Scientific memoirs by medical officers of the Army of India - Part XI,
Year: 1898
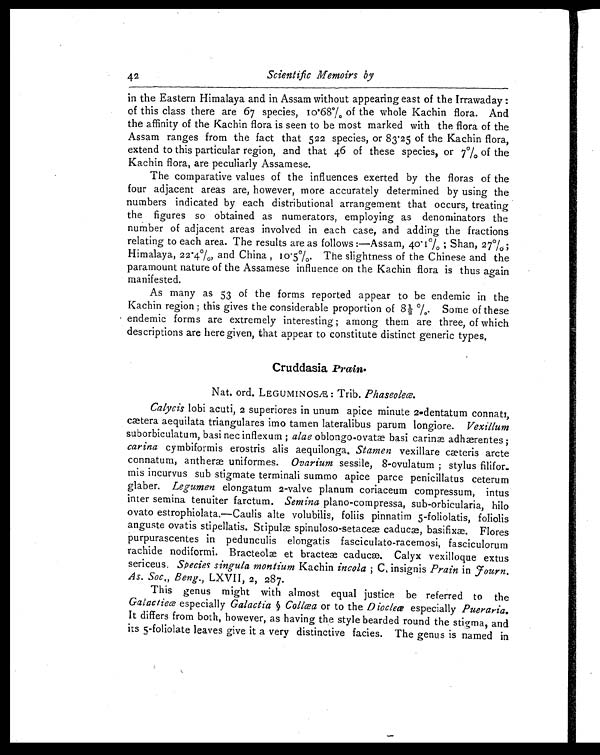
42
Scientific Memoirs by
in the Eastern Himalaya and in Assam without appearing east of the Irrawaday :
of this class there are 67 species, Io.68% of the whole Kachin flora. And
the affinity of the Kachin flora is seen to be most marked with the flora of the
Assam ranges from the fact that 522 species, or 83.25 of the Kachin flora,
extend to this particular region, and that 46 of these species, or 7% of the
Kachin flora, are peculiarly Assamese.
The comparative values of the influences exerted by the floras of the
four adjacent areas are, however, more accurately determined by using the
numbers indicated by each distributional arrangement that occurs, treating
the figures so obtained as numerators, employing as denominators the
number of adjacent areas involved in each case, and adding the fractions
relating to each area. The results are as follows :—Assam, 40.I%; Shan, 27%;
Himalaya, 22.4%, and China, I0.5%. The slightness of the Chinese and the
paramount nature of the Assamese influence on the Kachin flora is thus again
manifested.
As many as 53 of the forms reported appear to be endemic in the
Kachin region; this gives the considerable proportion of 8½%. Some of these
endemic forms are extremely interesting; among them are three, of which
descriptions are here given, that appear to constitute distinct generic types.
Cruddasia
prain.s
N a t . o r d . L E G U M I N O S Æ : T r a i b . P h a s e o l e œ .
Calycis
lobi acuti, 2 superiores in unum apice minute 2-dentatum connate,
cætera aequilata triangulares imo tamenlateralibus parum longiore. Vexillum
suborbiculatum, basi nec inflexum alae oblongo-ovatæ basi carinæ adhærentes;
carina cymbiformis erostris alis aequilonga, Stamen vexillare cæteris arcte
connatum, anthem uniformes. Ovarium sessile, 8-ovulatum; stylus filifor
mis incurvus sub stigmate terminali summo apice parce penicillatus ceterum
glaber. Legumen elongatum 2-valve planum coriaceum compressum, intus
inter semina tenuiter farctum. Semina plano-compressa, sub-orbicularia, hilo
ovato estrophiolata.—Caulis alte volubilis, foliis pinnatim 5-foliolatis, foliolis
anguste ovatis stipellatis. Stipules spinuloso-setace caducæ, basifixæ. Flores
purpurascentes in pedunculis elongatis fasciculato-racemosi, fasciculorum
rachide nodiformi. Bracteola et bracteae caducæ. Calyx vexilloque extus
sericeus. Species singula montium Kachin incola; C, insignis Prain in F ourn.
As. Soc., Beng., LXVII, 2, 287 .
This genus might with almost equal justice be referred to the
Galactieæ especially Galactic § Collœa or to the Diocleœ especially Pueraria.
It differs from both, however, as having the style bearded round the stigma, and
its 5-foliolate leaves give it a very distinctive facies. The genus is named in